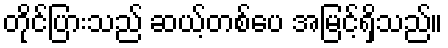
တိုင်ပြားသည် ဆယ့်တစ်ပေ အမြင့်ရှိသည်။